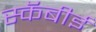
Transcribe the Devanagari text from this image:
स्कॅबीई